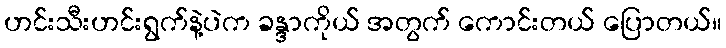
ဟင်းသီးဟင်းရွက်နဲ့ပဲက ခန္ဒာကိုယ် အတွက် ကောင်းတယ် ပြောတယ်။